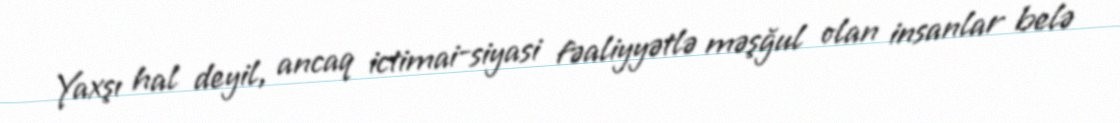
Yaxşı hal deyil, ancaq ictimai-siyasi fəaliyyətlə məşğul olan insanlar belə